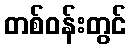
တစ်ဝန်းတွင်